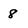
Character: 8